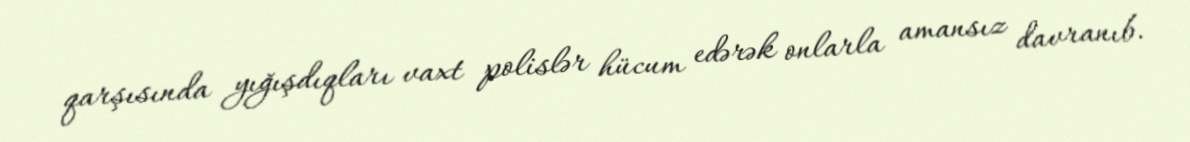
qarşısında yığışdıqları vaxt polislər hücum edərək onlarla amansız davranıb.